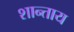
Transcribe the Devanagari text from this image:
शान्ताय